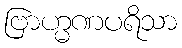
ဗြာဟ္မဏပရိသာ